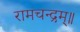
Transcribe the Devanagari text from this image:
रामचन्द्रम्॥